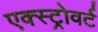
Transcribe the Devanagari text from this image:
एक्स्ट्रोवर्ट